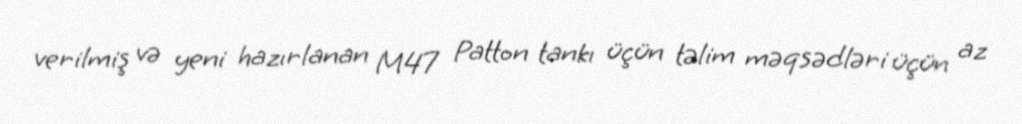
verilmiş və yeni hazırlanan M47 Patton tankı üçün təlim məqsədləri üçün az